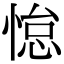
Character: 𫺭